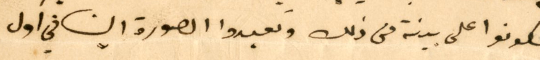
لتكونوا على بينة من ذلك وتعيدوا الصورة الينا في اول